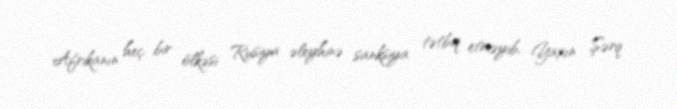
Afrikanın heç bir ölkəsi Rusiya əleyhinə sanksiya tətbiq etməyib, Yaxın Şərq